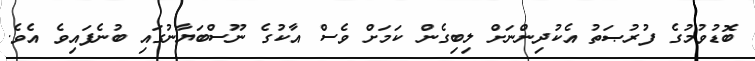
ބޮޑުވުމުގެ ފުރުޞަތު އެކުދިންނަށް ލިބިގެން ކަމަށް ވެސް އާކުގެ ނޫސްބަޔާނުގައި ބުނެފައިވެ އެވެ.